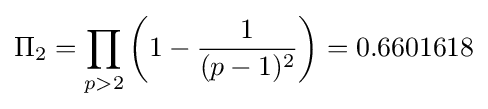
\Pi _{2}=\prod _{p>2}\left(1-{\frac {1}{(p-1)^{2}}}\right)=0.6601618